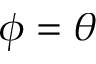
\phi = \theta